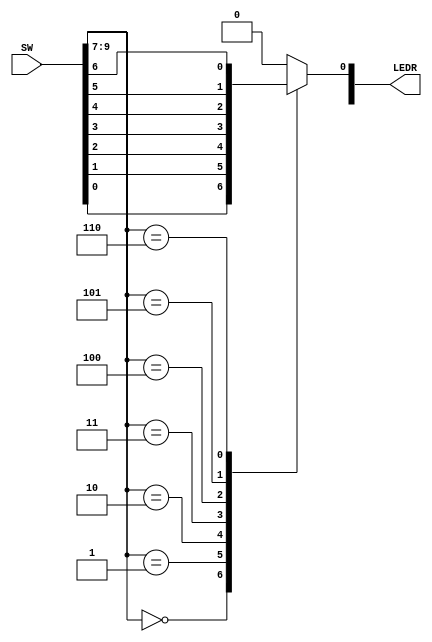
`timescale 1ns/1ns

module part1(SW,LEDR);
	input [9:0] SW;
	output [9:0] LEDR;
	wire [2:0] MuxSelect;
	
	assign MuxSelect = SW[9:7];
	
	reg Out;
	
	always @(*)
	begin
		Out=0;
		case(MuxSelect[2:0])
			3'b000: Out = SW[0];
			3'b001: Out = SW[1];
			3'b010: Out = SW[2];
			3'b011: Out = SW[3];
			3'b100: Out = SW[4];
			3'b101: Out = SW[5];
			3'b110: Out = SW[6];
		endcase	
	end
	
	assign LEDR[0] = Out;
 	
endmodule